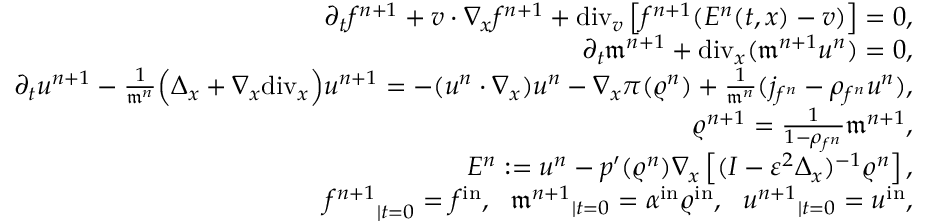
\begin{array} { r } { \partial _ { t } f ^ { n + 1 } + v \cdot \nabla _ { x } f ^ { n + 1 } + \mathrm { d i v } _ { v } \left[ f ^ { n + 1 } ( E ^ { n } ( t , x ) - v ) \right] = 0 , } \\ { \partial _ { t } \mathfrak { m } ^ { n + 1 } + \mathrm { d i v } _ { x } ( \mathfrak { m } ^ { n + 1 } u ^ { n } ) = 0 , } \\ { \partial _ { t } u ^ { n + 1 } - \frac { 1 } { \mathfrak { m } ^ { n } } \Big ( \Delta _ { x } + \nabla _ { x } \mathrm { d i v } _ { x } \Big ) u ^ { n + 1 } = - ( u ^ { n } \cdot \nabla _ { x } ) u ^ { n } - \nabla _ { x } \pi ( \varrho ^ { n } ) + \frac { 1 } { \mathfrak { m } ^ { n } } ( j _ { f ^ { n } } - \rho _ { f ^ { n } } u ^ { n } ) , } \\ { \varrho ^ { n + 1 } = \frac { 1 } { 1 - \rho _ { f ^ { n } } } \mathfrak { m } ^ { n + 1 } , } \\ { E ^ { n } : = u ^ { n } - p ^ { \prime } ( \varrho ^ { n } ) \nabla _ { x } \left[ ( I - \varepsilon ^ { 2 } \Delta _ { x } ) ^ { - 1 } \varrho ^ { n } \right] , } \\ { { f ^ { n + 1 } } _ { \mid t = 0 } = f ^ { \mathrm { i n } } , \ \ { \mathfrak { m } ^ { n + 1 } } _ { \mid t = 0 } = \alpha ^ { \mathrm { i n } } \varrho ^ { \mathrm { i n } } , \ \ { u ^ { n + 1 } } _ { \mid t = 0 } = u ^ { \mathrm { i n } } , } \end{array}